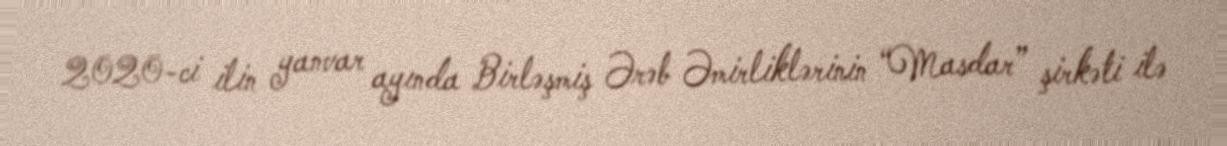
2020-ci ilin yanvar ayında Birləşmiş Ərəb Əmirliklərinin “Masdar” şirkəti ilə